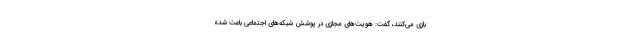
بازی می‌کنند، گفت: هویت‌های مجازی در پوشش شبکه‌های اجتماعی باعث شده